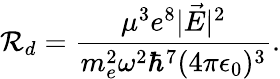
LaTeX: \mathcal{R}_{d}=\frac{\mu^{3}e^{8}|\vec{E}|^{2}}{m_{e}^{2}\omega^{2}\hbar^{7}(4\pi\epsilon_{0})^{3}}.